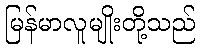
မြန်မာလူမျိုးတို့သည်